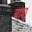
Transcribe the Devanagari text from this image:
वाशु